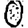
Digit: 0